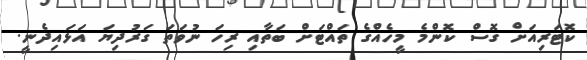
ކޮޓަރިއަށް ގޮސް ކޮންމެ މީހެއްގެ ތައްޓަށް ބަތާއި ރިހަ ނުވަތަ ގަރުދިޔަ އަޅައިދެނީ.